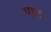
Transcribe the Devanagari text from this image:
पष्ट